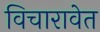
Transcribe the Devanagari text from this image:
विचारावेत